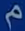
م